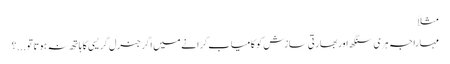
مثلاً
مہاراجہ ہری سنگھ اوربھارتی سازش کو کامیاب کرانے میں اگر جنرل گریسی کا ہاتھ نہ ہوتا تو ...؟